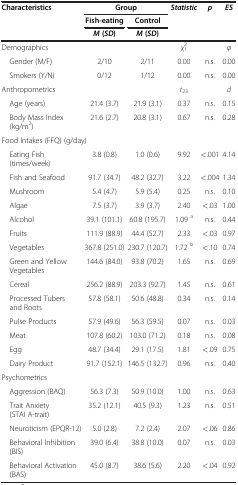
<table><thead><tr><td rowspan="3"><b>Characteristics</b></td><td colspan="2"><b>Group</b></td><td rowspan="3"><b><i>Statistic</i></b></td><td rowspan="3"><b><i>p</i></b></td><td rowspan="3"><b><i>ES</i></b></td></tr><tr><td><b>Fish-eating</b></td><td><b>Control</b></td></tr><tr><td><b><i>M</i> (<i>SD</i>)</b></td><td><b><i>M</i> (<i>SD</i>)</b></td></tr></thead><tbody><tr><td colspan="3">Demographics</td><td><i>χ</i><sub>1</sub><sup>2</sup></td><td> </td><td><i>φ</i></td></tr><tr><td> Gender (M/F)</td><td>2/10</td><td>2/11</td><td>0.00</td><td>n.s.</td><td>0.00</td></tr><tr><td> Smokers (Y/N)</td><td>0/12</td><td>1/12</td><td>0.00</td><td>n.s.</td><td>0.00</td></tr><tr><td colspan="3">Anthropometrics</td><td><i>t</i><sub>23</sub></td><td> </td><td><i>d</i></td></tr><tr><td> Age (years)</td><td>21.4 (3.7)</td><td>21.9 (3.1)</td><td>0.37</td><td>n.s.</td><td>0.15</td></tr><tr><td> Body Mass Index (kg/m<sup>2</sup>)</td><td>21.6 (2.7)</td><td>20.8 (3.1)</td><td>0.67</td><td>n.s.</td><td>0.28</td></tr><tr><td colspan="6">Food Intakes (FFQ) (g/day)</td></tr><tr><td> Eating Fish (times/week)</td><td>3.8 (0.8)</td><td>1.0 (0.6)</td><td>9.92</td><td>&lt;.001</td><td>4.14</td></tr><tr><td> Fish and Seafood</td><td>91.7 (34.7)</td><td>48.2 (32.7)</td><td>3.22</td><td>&lt;.004</td><td>1.34</td></tr><tr><td> Mushroom</td><td>5.4 (4.7)</td><td>5.9 (5.4)</td><td>0.25</td><td>n.s.</td><td>0.10</td></tr><tr><td> Algae</td><td>7.5 (3.7)</td><td>3.9 (3.7)</td><td>2.40</td><td>&lt;.03</td><td>1.00</td></tr><tr><td> Alcohol</td><td>39.1 (101.1)</td><td>60.8 (195.7)</td><td>1.09 <sup>a</sup></td><td>n.s.</td><td>0.44</td></tr><tr><td> Fruits</td><td>111.9 (88.9)</td><td>44.4 (52.7)</td><td>2.33</td><td>&lt;.03</td><td>0.97</td></tr><tr><td> Vegetables</td><td>367.8 (251.0)</td><td>230.7 (120.7)</td><td>1.72 <sup>b</sup></td><td>&lt;.10</td><td>0.74</td></tr><tr><td> Green and Yellow Vegetables</td><td>144.6 (84.0)</td><td>93.8 (70.2)</td><td>1.65</td><td>n.s.</td><td>0.69</td></tr><tr><td> Cereal</td><td>256.2 (88.9)</td><td>203.3 (92.7)</td><td>1.45</td><td>n.s.</td><td>0.61</td></tr><tr><td> Processed Tubers and Roots</td><td>57.8 (58.1)</td><td>50.6 (48.8)</td><td>0.34</td><td>n.s.</td><td>0.14</td></tr><tr><td> Pulse Products</td><td>57.9 (49.6)</td><td>56.3 (59.5)</td><td>0.07</td><td>n.s.</td><td>0.03</td></tr><tr><td> Meat</td><td>107.8 (60.2)</td><td>103.0 (71.2)</td><td>0.18</td><td>n.s.</td><td>0.08</td></tr><tr><td> Egg</td><td>48.7 (34.4)</td><td>29.1 (17.5)</td><td>1.81</td><td>&lt;.09</td><td>0.75</td></tr><tr><td> Dairy Product</td><td>91.7 (152.1)</td><td>146.5 (132.7)</td><td>0.96</td><td>n.s.</td><td>0.40</td></tr><tr><td colspan="6">Psychometrics</td></tr><tr><td> Aggression (BAQ)</td><td>56.3 (7.3)</td><td>50.9 (10.0)</td><td>1.00</td><td>n.s.</td><td>0.63</td></tr><tr><td> Trait Anxiety (STAI A-trait)</td><td>35.2 (12.1)</td><td>40.5 (9.3)</td><td>1.23</td><td>n.s.</td><td>0.51</td></tr><tr><td> Neuroticism (EPQR-12)</td><td>5.0 (2.8)</td><td>7.2 (2.4)</td><td>2.07</td><td>&lt;.06</td><td>0.86</td></tr><tr><td> Behavioral Inhibition (BIS)</td><td>39.0 (6.4)</td><td>38.8 (10.0)</td><td>0.07</td><td>n.s.</td><td>0.03</td></tr><tr><td> Behavioral Activation (BAS)</td><td>45.0 (8.7)</td><td>38.6 (5.6)</td><td>2.20</td><td>&lt;.04</td><td>0.92</td></tr></tbody></table>